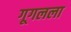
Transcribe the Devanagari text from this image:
गूगलला